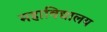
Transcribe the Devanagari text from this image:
महाविद्यालय